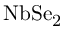
\mathrm { N b S e _ { 2 } }